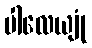
ပါလေယျုံ